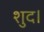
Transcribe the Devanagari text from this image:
शुद।